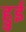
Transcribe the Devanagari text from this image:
हुुई